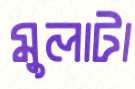
মুলাটা